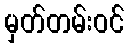
မှတ်တမ်းဝင်